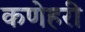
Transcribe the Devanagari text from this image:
कणेहरी